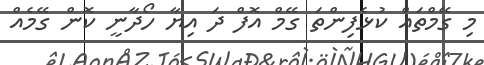
މި ގޭމްތައް ކުޅެފިންތަ ގޭމް އޮފް ދަ އިޔާ ހޯދާނީ ކޮން ގޭމެއް